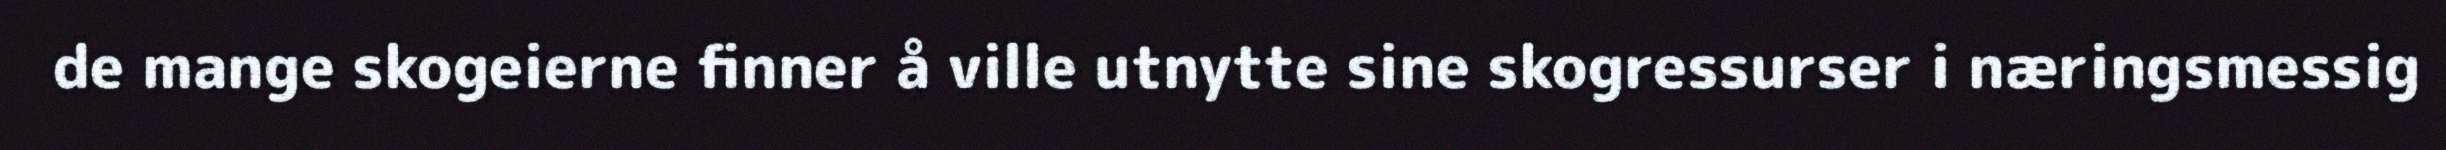
de mange skogeierne finner å ville utnytte sine skogressurser i næringsmessig